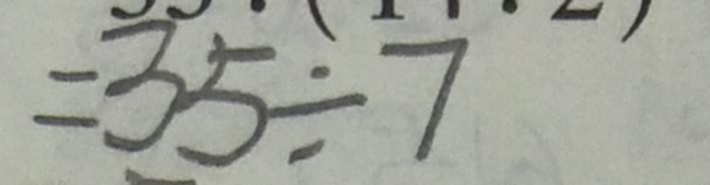
= 3 5 \div 7